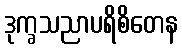
ဒုက္ခသညာပရိစိတေန